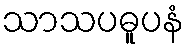
သာသပဓူပနံ